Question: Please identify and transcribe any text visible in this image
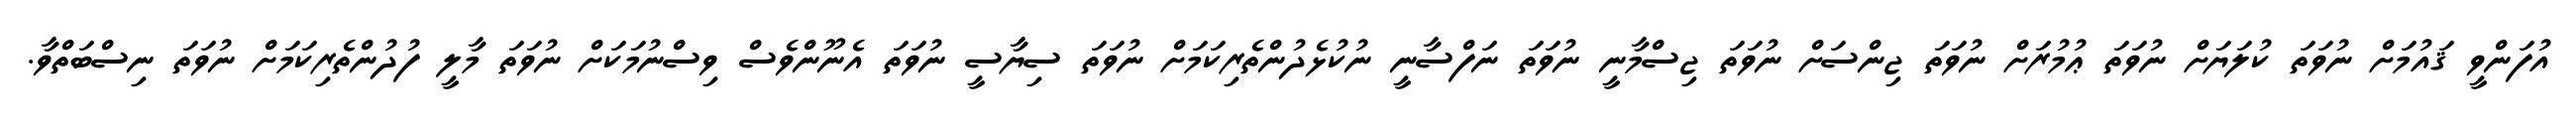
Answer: އުފަންވީ ޤައުމަށް ނުވަތަ ކުލަޔަށް ނުވަތަ ޢުމުރަށް ނުވަތަ ޖިންސަށް ނުވަތަ ޖިސްމާނީ ނުވަތަ ނަފްސާނީ ނުކުޅެދުންތެރިކަމަށް ނުވަތަ ސިޔާސީ ނުވަތަ އެނޫންވެސް ވިސްނުމަކަށް ނުވަތަ މާލީ ފުދުންތެރިކަމަށް ނުވަތަ ނިސްބަތްވާ.